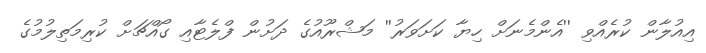
އިއުލާން ކުރެއްވި ''އެންމެނަށް ހިޔާ ކަށަވަރު'' މަޝްރޫއުގެ ދަށުން ފްލެޓާއި ގޯއްޗަށް ކުރިމަތިލުމުގެ